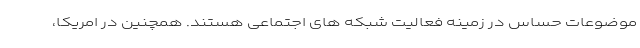
موضوعات حساس در زمینه فعالیت شبکه های اجتماعی هستند. همچنین در امریکا،